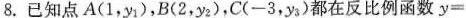
8.已知点A(1，y1_{1})，B(2，y_{2})，C(-3，y_{3})都在反比例函数$$y =